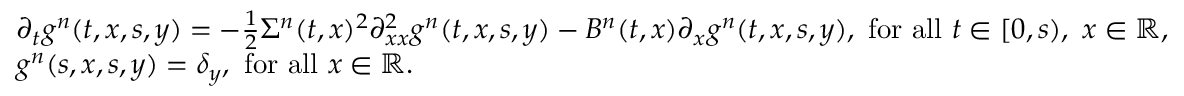
\begin{array} { l } { \partial _ { t } g ^ { n } ( t , x , s , y ) = - \frac { 1 } { 2 } \Sigma ^ { n } ( t , x ) ^ { 2 } \partial _ { x x } ^ { 2 } g ^ { n } ( t , x , s , y ) - B ^ { n } ( t , x ) \partial _ { x } g ^ { n } ( t , x , s , y ) , ~ \mathrm { f o r ~ a l l } ~ t \in [ 0 , s ) , ~ x \in \mathbb { R } , } \\ { g ^ { n } ( s , x , s , y ) = \delta _ { y } , ~ \mathrm { f o r ~ a l l } ~ x \in \mathbb { R } . } \end{array}